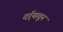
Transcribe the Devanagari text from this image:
दर्र्‍यातून